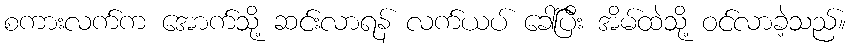
စကားလက်က အောက်သို့ ဆင်းလာရန် လက်ယပ် ခေါ်ပြီး အိမ်ထဲသို့ ဝင်လာခဲ့သည်။